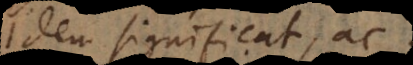
idem significat ac: